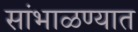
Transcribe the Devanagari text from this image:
सांभाळण्यात